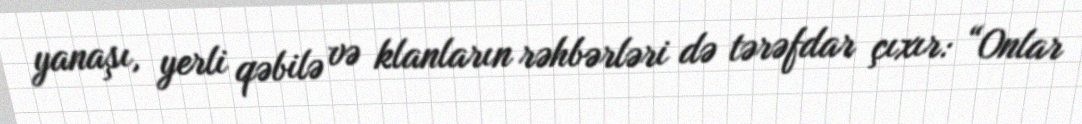
yanaşı, yerli qəbilə və klanların rəhbərləri də tərəfdar çıxır: “Onlar